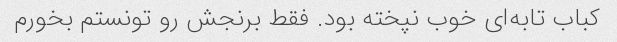
کباب تابه‌ای خوب نپخته بود. فقط برنجش رو تونستم بخورم